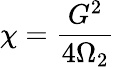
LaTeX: \chi=\frac{G^{2}}{4\Omega_{2}}